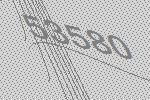
53580